Annual report on the Civil Veterinary Department, Burma (including the Insein Veterinary School) - 1932-1941
Year: 1932
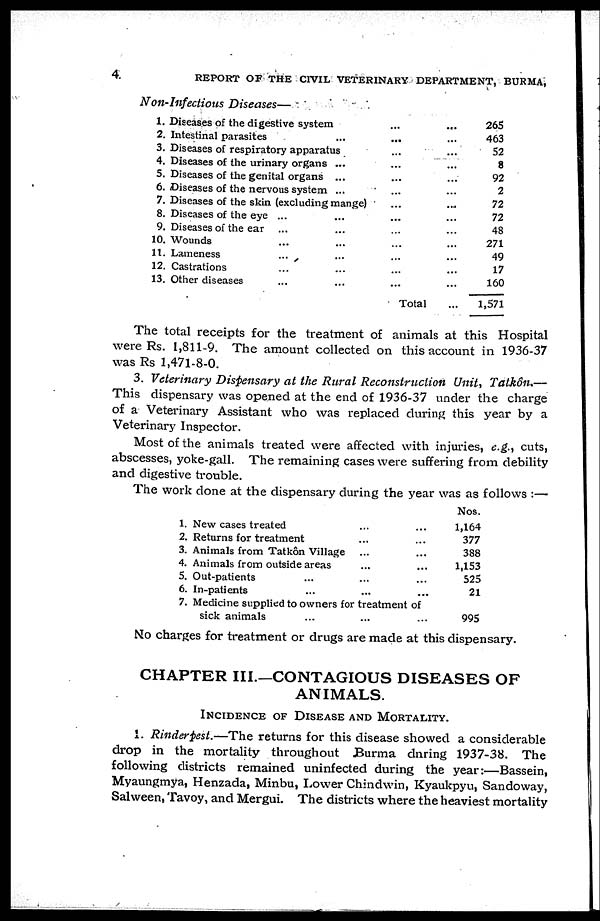
4.
REPORT OF THE CIVIL VETERINARY DEPARTMENT, BURMA,
Non-Infectious Diseases—
1. Diseases of the digestive system
2. Intestinal parasites...
3. Diseases of respiratory apparatus
4. Diseases of the urinary organs...
5. Diseases of the genital organs...
6. Diseases of the nervous system...
7. Diseases of the skin (excluding mange)
8. Diseases of the eye......
9. Diseases of the ear......
10. Wounds......
11. Lameness......
12. Castrations......
13. Other diseases...
...
...
...
...
...
...
...
...
...
...
...
...
...
Total
...
...
...
...
...
...
...
...
...
...
...
...
...
...
265
463
52
8
92
2
72
72
48
271
49
17
160
1,571
The total receipts for the treatment of animals at this Hospital
were Rs. 1,811-9. The amount collected on this account in 1936-37
was Rs 1,471-8-0.
3. Veterinary Dispensary at the Rural Reconstruction Unit, Tatkôn.—
This dispensary was opened at the end of 1936-37 under the charge
of a Veterinary Assistant who was replaced during this year by a
Veterinary Inspector.
Most of the animals treated were affected with injuries, e.g., cuts,
abscesses, yoke-gall. The remaining cases were suffering from debility
and digestive trouble.
The work done at the dispensary during the year was as follows :—
1.
2.
3.
4.
5.
6.
7.
New cases treated
Returns for treatment
Animals from Tatkôn Village
Animals from outside areas
Out-patients ...
In-patients ...
...
...
...
...
...
...
...
...
...
...
...
...
Medicine supplied to owners for treatment of
sick animals ...
...
...
Nos.
1,164
377
388
1,153
525
21
995
No charges for treatment or drugs are made at this dispensary.
CHAPTER III.—CONTAGIOUS DISEASES OF
ANIMALS.
INCIDENCE OF DISEASE AND MORTALITY.
1. Rinderpest.—The returns for this disease showed a considerable
drop in the mortality throughout Burma during 1937-38. The
following districts remained uninfected during the year:—Bassein,
Myaungmya, Henzada, Minbu, Lower Chindwin, Kyaukpyu, Sandoway,
Salween, Tavoy, and Mergui. The districts where the heaviest mortality